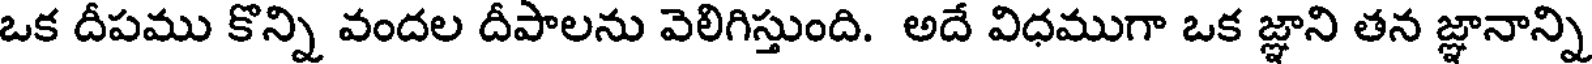
ఒక దీపము కొన్ని వందల దీపాలను వెలిగిస్తుంది. అదే విధముగా ఒక జ్ఞాని తన జ్ఞానాన్ని